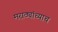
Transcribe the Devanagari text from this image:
मराठ्यांच्याच